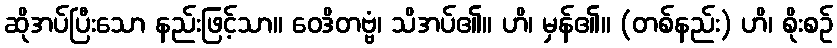
ဆိုအပ်ပြီးသော နည်းဖြင့်သာ။ ဝေဒိတဗ္ဗံ၊ သိအပ်၏။ ဟိ၊ မှန်၏။ (တစ်နည်း) ဟိ၊ စိုးစဉ်